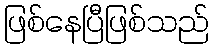
ဖြစ်နေပြီဖြစ်သည်